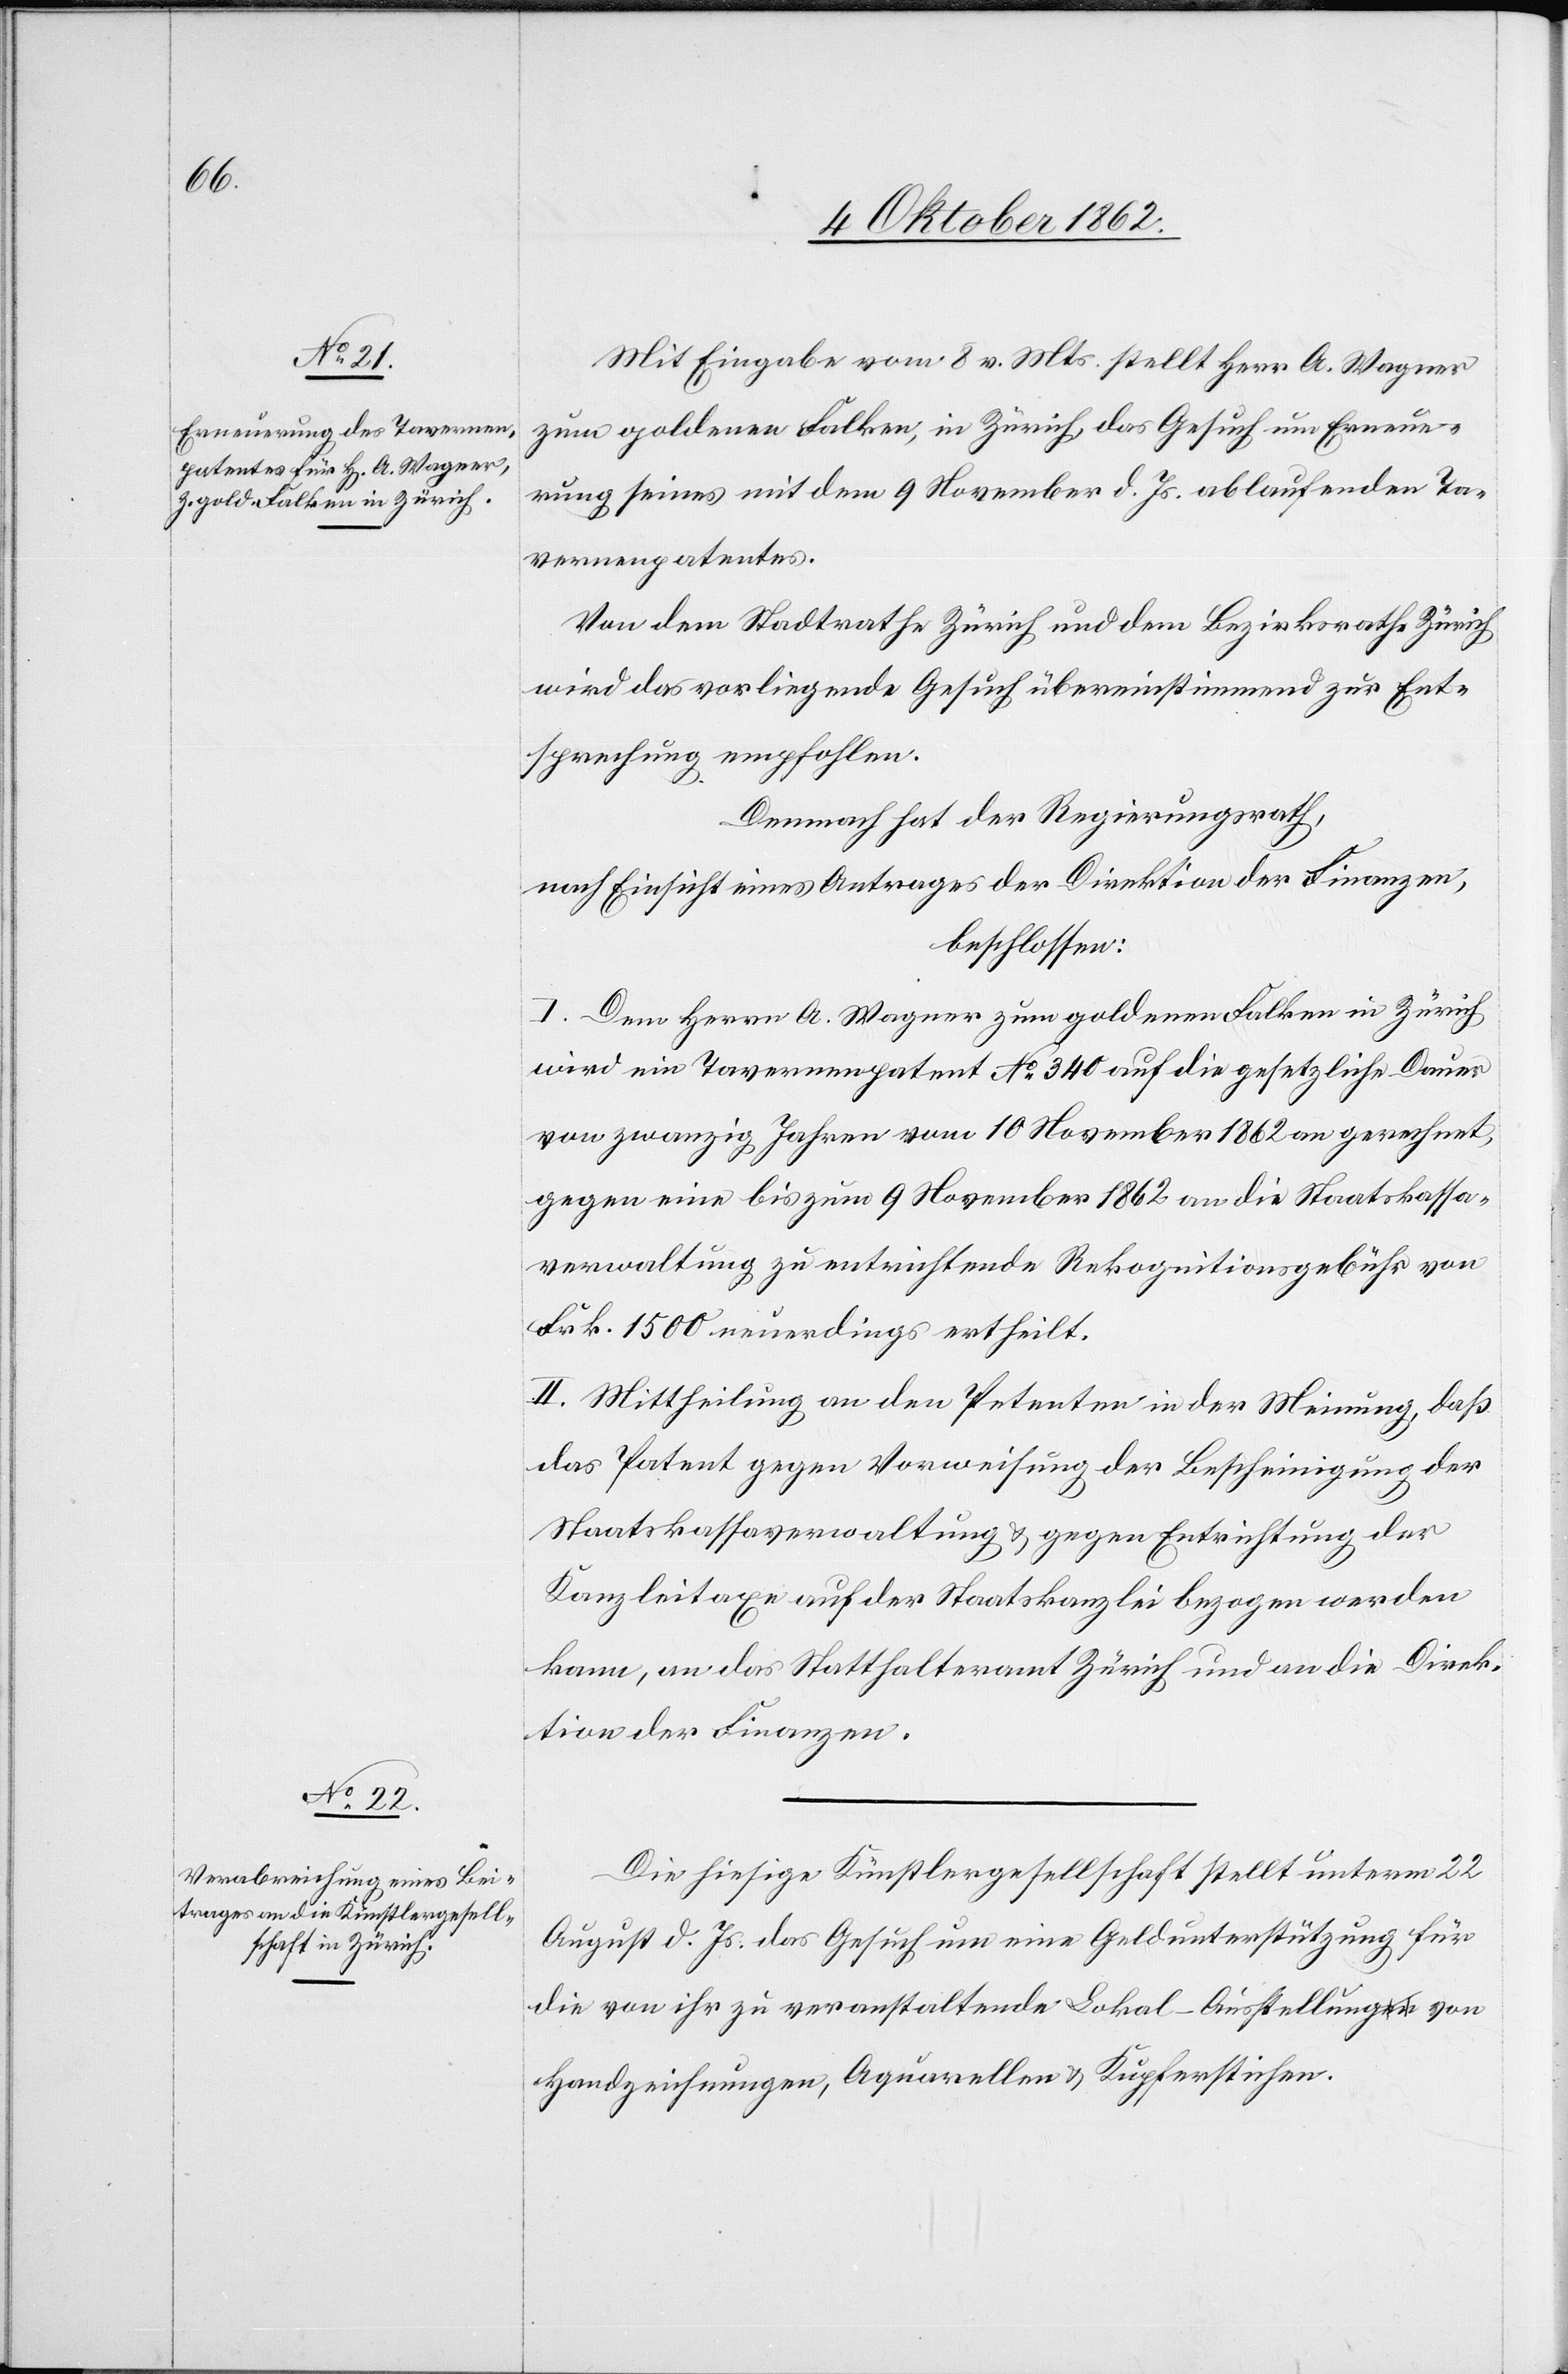
Mit Eingabe vom 8. v. Mts. stellt Herr A. Wagner
zum goldenen Falken, in Zürich, das Gesuch um Erneue¬
rung seines mit dem 9. November d. Js. ablaufenden Ta¬
vernenpatentes.
Von dem Stadtrathe Zürich und dem Bezirksrathe Zürich
wird das vorliegende Gesuch übereinstimmend zur Ent¬
sprechung empfohlen.
Demnach hat der Regierungsrath,
nach Einsicht eines Antrages der Direktion der Finanzen,
beschlossen:
I. Dem Herrn A. Wagner zum goldenen Falken in Zürich
wird ein Tavernenpatent No 340 auf die gesetzliche Dauer
von zwanzig Jahren vom 10. November 1862 an gerechnet,
gegen eine bis zum 9. November 1862 an die Staatskassa¬
verwaltung zu entrichtende Rekognitionsgebühr von
Frk. 1500 neuerdings ertheilt.
II. Mittheilung an den Petenten in der Meinung, daß
das Patent gegen Vorweisung der Bescheinigung der
Staatskassaverwaltung u. gegen Entrichtung der
Kanzleitaxe auf der Staatskanzlei bezogen werden
kann, an das Statthalteramt Zürich und an die Direk¬
tion der Finanzen.
Die hiesige Künstlergesellschaft stellt unterm 22.
August d. Js. das Gesuch um eine Geldunterstützung für
die von ihr zu veranstaltende Lokal-Ausstellung von
Handzeichnungen, Aquarellen u. Kupferstichen.